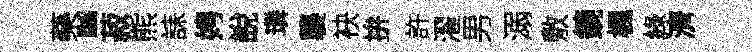
藥“菽熊誄娉說璘襲袂拚許濯男溺敷鏡楓綠濟